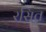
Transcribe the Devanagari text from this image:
रसित